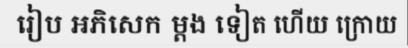
រៀប អភិសេក ម្តង ទៀត ហើយ ក្រោយ